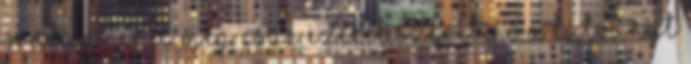
órában? Eric meg csak ezeket szereti. Ő a látványt